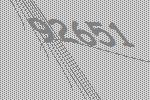
92651